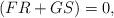
LaTeX: \begin{align*}\left( FR+GS\right) =0, \end{align*}